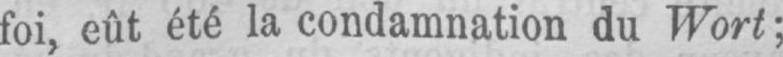
foi, eût été la condamnation du Wort;